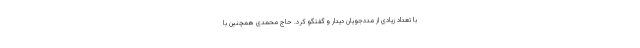
با تعداد زیادی از مددجویان دیدار و گفتگو کرد. حاج محمدی همچنین با